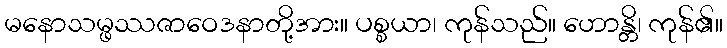
မနောသမ္ဖဿဇာဝေဒနာတို့အား။ ပစ္စယာ၊ ကုန်သည်။ ဟောန္တိ၊ ကုန်၏။